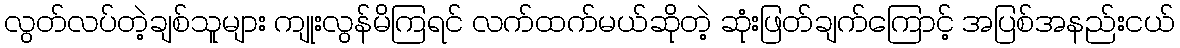
လွတ်လပ်တဲ့ချစ်သူများ ကျုးလွန်မိကြရင် လက်ထက်မယ်ဆိုတဲ့ ဆုံးဖြတ်ချက်ကြောင့် အပြစ်အနည်းငယ်